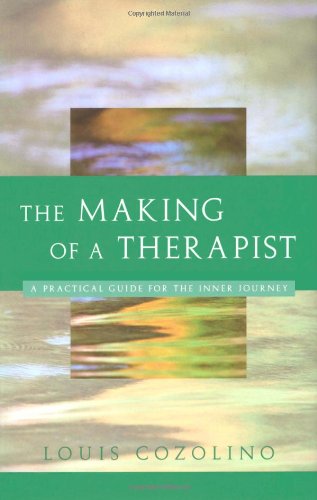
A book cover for The Making of a Therapist (Norton Professional Books); Louis Cozolino; Medical Books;